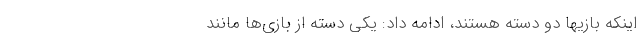
اینکه بازیها دو دسته هستند، ادامه داد: یکی دسته از بازی‌ها مانند